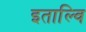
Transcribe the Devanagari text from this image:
इताल्वि